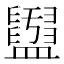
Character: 𥃖